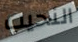
النحيب